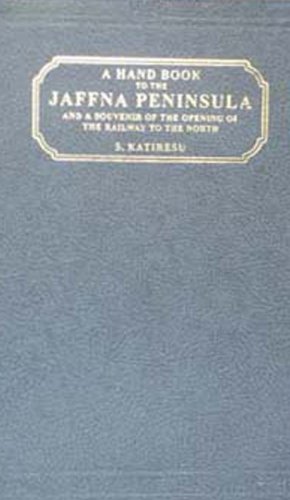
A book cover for A Handbook to the Jaffna Peninsula and a Souvenir of the Opening of the Railway to the North; Katiresu; Travel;